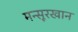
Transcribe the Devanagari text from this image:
मन्सूरखान